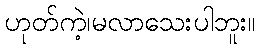
ဟုတ်ကဲ့၊မလာသေးပါဘူး။